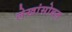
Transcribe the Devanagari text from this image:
लेखांसोबत